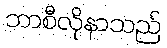
ဘာစီလိုနာသည်